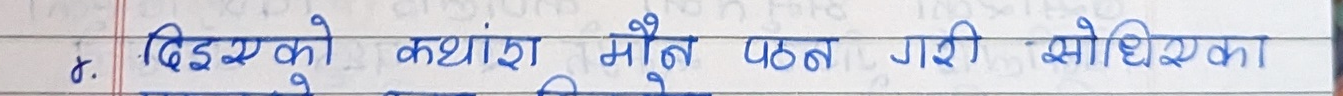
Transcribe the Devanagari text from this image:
१. डिएसएको कथांश मौन पठन गरी सोधिएका